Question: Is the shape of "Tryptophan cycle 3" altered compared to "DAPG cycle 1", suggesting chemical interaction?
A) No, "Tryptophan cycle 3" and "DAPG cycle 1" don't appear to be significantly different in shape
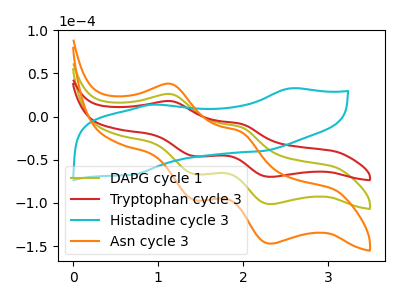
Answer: <think>The olive curve "DAPG cycle 1" has anodic peaks at (1.15V, 26.00uA) (2.00V, -12.20uA) and cathodic peaks at (1.45V, -66.45uA) (2.30V, -101.25uA). The red curve "Tryptophan cycle 3" has anodic peaks at (1.15V, 17.90uA) (2.00V, -8.40uA) and cathodic peaks at (1.45V, -45.75uA) (2.30V, -69.75uA). The cyan curve "Histadine cycle 3" has anodic peaks at (2.55V, 32.70uA) (0.95V, 13.85uA) and cathodic peaks at (2.25V, -39.80uA) (0.75V, -66.75uA). The orange curve "Asn cycle 3" has anodic peaks at (1.15V, 52.00uA) (2.00V, -24.35uA) and cathodic peaks at (1.45V, -132.90uA) (2.30V, -202.50uA).
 All the peaks in "Tryptophan cycle 3" have a peak in "DAPG cycle 1" at the same potential.</think>
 <answer>A) No, "Tryptophan cycle 3" and "DAPG cycle 1" don't appear to be significantly different in shape</answer>
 <eval>A</eval>